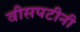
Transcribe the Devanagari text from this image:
वीसपटीनी